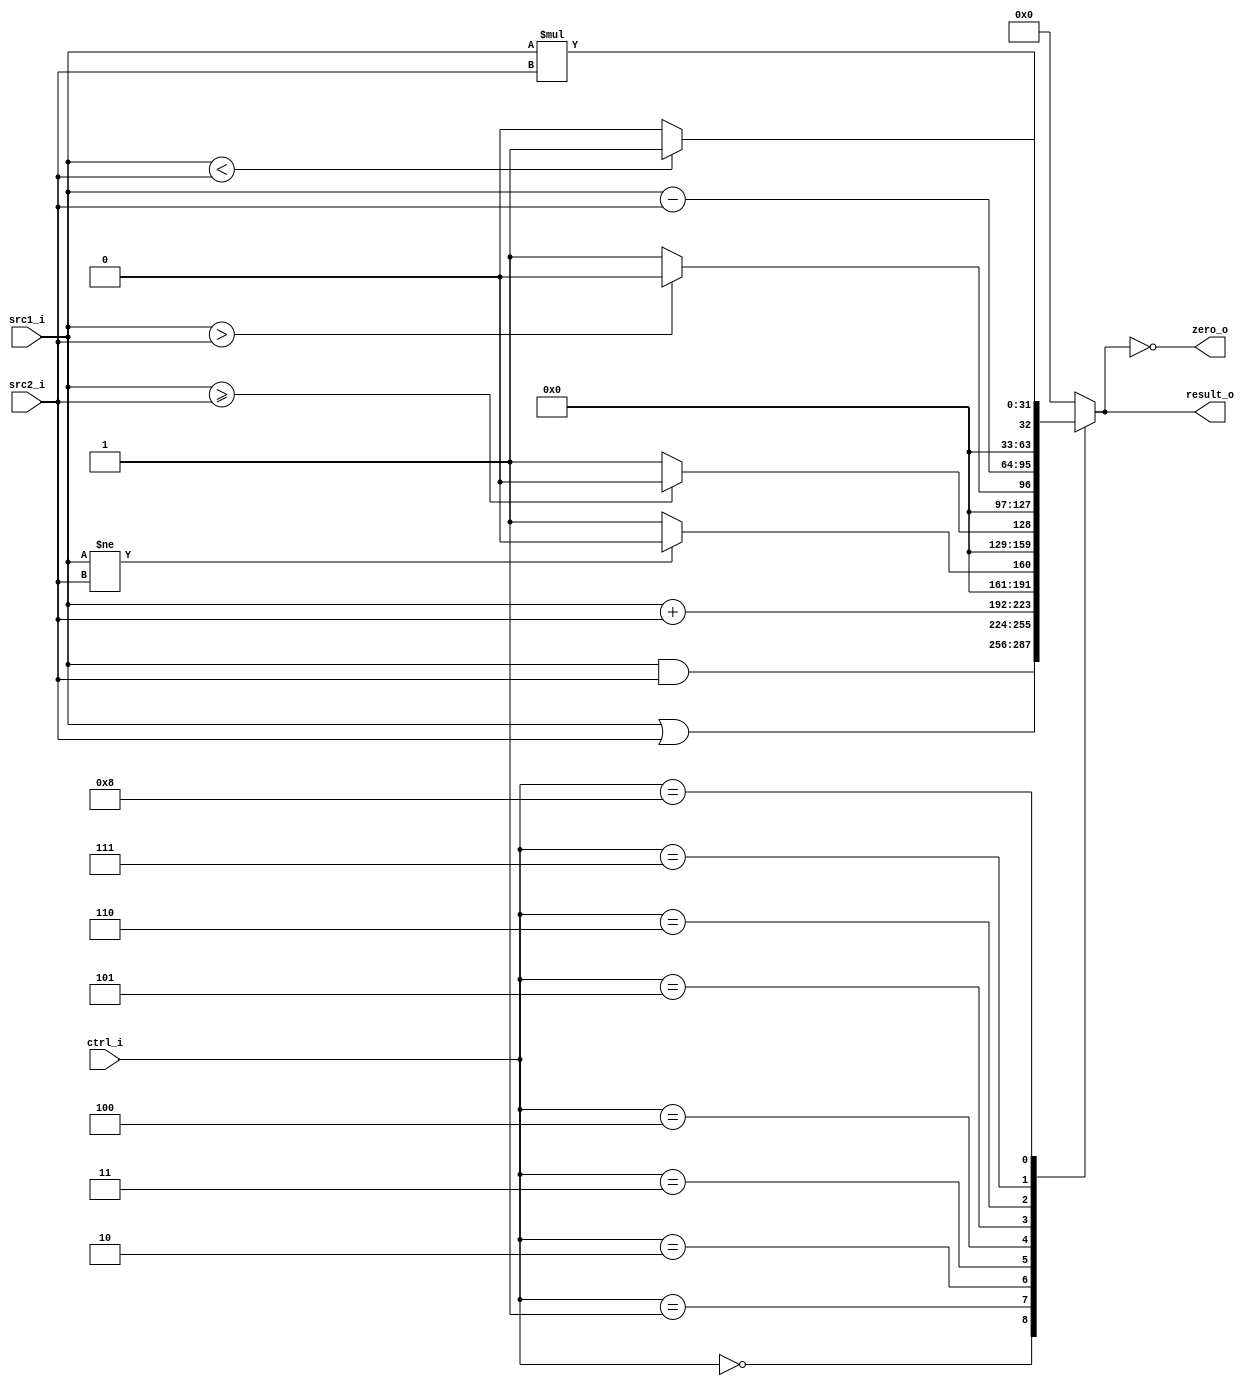
//Subject:     CO example - ALU
//--------------------------------------------------------------------------------
//Version:     1
//--------------------------------------------------------------------------------
//Writer:      
//----------------------------------------------
//Date:        
//----------------------------------------------
//Description: 
//--------------------------------------------------------------------------------

module ALU(
    src1_i,
    src2_i,
    ctrl_i,
    result_o,
    zero_o
    );
     
//I/O ports
input   [32-1:0]    src1_i;
input   [32-1:0]    src2_i;
input   [4-1:0]     ctrl_i;

output  [32-1:0]    result_o;
output              zero_o;

//Internal signals
reg     [32-1:0]    result_o;
wire                zero_o;

//Parameter

//Main function
assign zero_o = (result_o == 0);

always@(ctrl_i or src1_i or src2_i)
begin
    case(ctrl_i)
        0: result_o = src1_i & src2_i; // and   0000
        1: result_o = src1_i | src2_i; // or    0001
        2: result_o = src1_i + src2_i; // add   0010
        3: result_o = (src1_i != src2_i)? 0: 1;   // bneq
        4: result_o = (src1_i >= src2_i)? 0: 1;   // bge
        5: result_o = (src1_i > src2_i)? 0: 1;   // bgt
        6: result_o = src1_i - src2_i; // sub   0110
        7: result_o = (src1_i < src2_i) ? 1 : 0; // slt   0111
        8: result_o = src1_i * src2_i; // mult
        default: result_o = 0; // nop
    endcase
end

endmodule